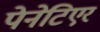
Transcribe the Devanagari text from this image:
पेनेटिएर